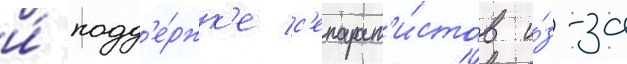
и́ подд'е́ржк'е с'епарат'и́стов и́з-за